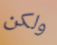
ولكن